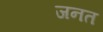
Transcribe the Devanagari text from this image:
जनत